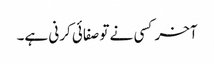
آخر کسی نے تو صفائی کرنی ہے۔